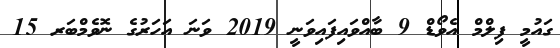
ގައުމީ ފިލްމް އެވޯޑް 9 ބާއްވައިފައިވަނީ 2019 ވަނަ އަހަރުގެ ނޮވެމްބަރ 15